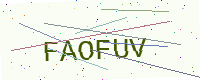
Text: FAOFUV